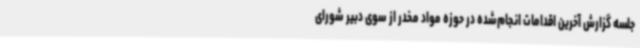
جلسه گزارش آخرین اقدامات انجام‌شده در حوزه مواد مخدر از سوی دبیر شورای